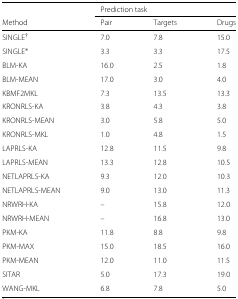
<table><thead><tr><td></td><td colspan="3"><b>Prediction task</b></td></tr><tr><td><b>Method</b></td><td><b>Pair</b></td><td><b>Targets</b></td><td><b>Drugs</b></td></tr></thead><tbody><tr><td>SINGLE <sup><i>†</i></sup></td><td>7.0</td><td>7.8</td><td>15.0</td></tr><tr><td>SINGLE <sup>∗</sup></td><td>3.3</td><td>3.3</td><td>17.5</td></tr><tr><td>BLM-KA</td><td>16.0</td><td>2.5</td><td>1.8</td></tr><tr><td>BLM-MEAN</td><td>17.0</td><td>3.0</td><td>4.0</td></tr><tr><td>KBMF2MKL</td><td>7.3</td><td>13.5</td><td>13.3</td></tr><tr><td>KRONRLS-KA</td><td>3.8</td><td>4.3</td><td>3.8</td></tr><tr><td>KRONRLS-MEAN</td><td>3.0</td><td>5.8</td><td>5.0</td></tr><tr><td>KRONRLS-MKL</td><td>1.0</td><td>4.8</td><td>1.5</td></tr><tr><td>LAPRLS-KA</td><td>12.8</td><td>11.5</td><td>9.8</td></tr><tr><td>LAPRLS-MEAN</td><td>13.3</td><td>12.8</td><td>10.5</td></tr><tr><td>NETLAPRLS-KA</td><td>9.3</td><td>12.0</td><td>10.3</td></tr><tr><td>NETLAPRLS-MEAN</td><td>9.0</td><td>13.0</td><td>11.3</td></tr><tr><td>NRWRH-KA</td><td>–</td><td>15.8</td><td>12.0</td></tr><tr><td>NRWRH-MEAN</td><td>–</td><td>16.8</td><td>13.0</td></tr><tr><td>PKM-KA</td><td>11.8</td><td>8.8</td><td>9.8</td></tr><tr><td>PKM-MAX</td><td>15.0</td><td>18.5</td><td>16.0</td></tr><tr><td>PKM-MEAN</td><td>12.0</td><td>11.0</td><td>11.5</td></tr><tr><td>SITAR</td><td>5.0</td><td>17.3</td><td>19.0</td></tr><tr><td>WANG-MKL</td><td>6.8</td><td>7.8</td><td>5.0</td></tr></tbody></table>